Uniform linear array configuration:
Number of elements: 48
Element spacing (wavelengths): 1
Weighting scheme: blackman
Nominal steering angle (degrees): -60
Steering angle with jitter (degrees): -60.775
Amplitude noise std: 0.05
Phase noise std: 0.05

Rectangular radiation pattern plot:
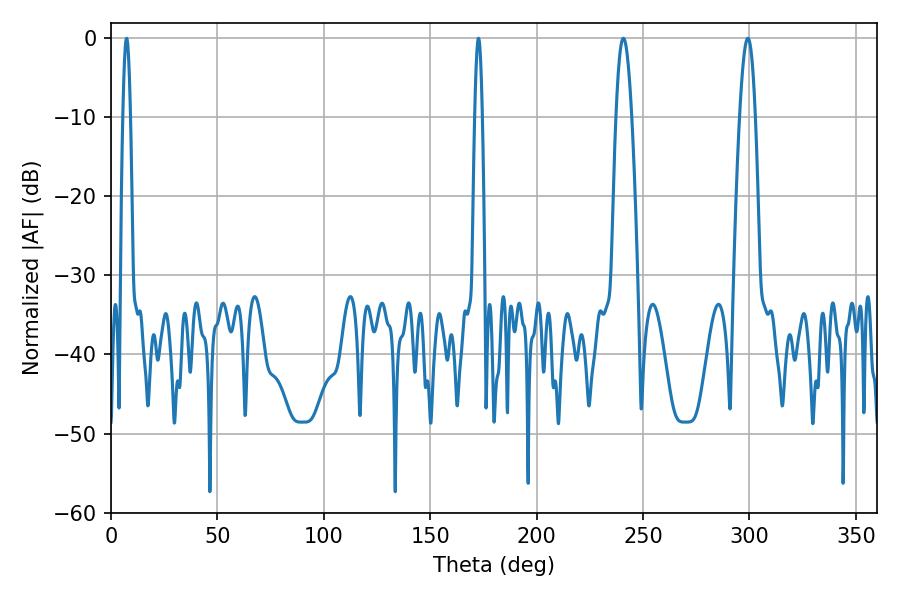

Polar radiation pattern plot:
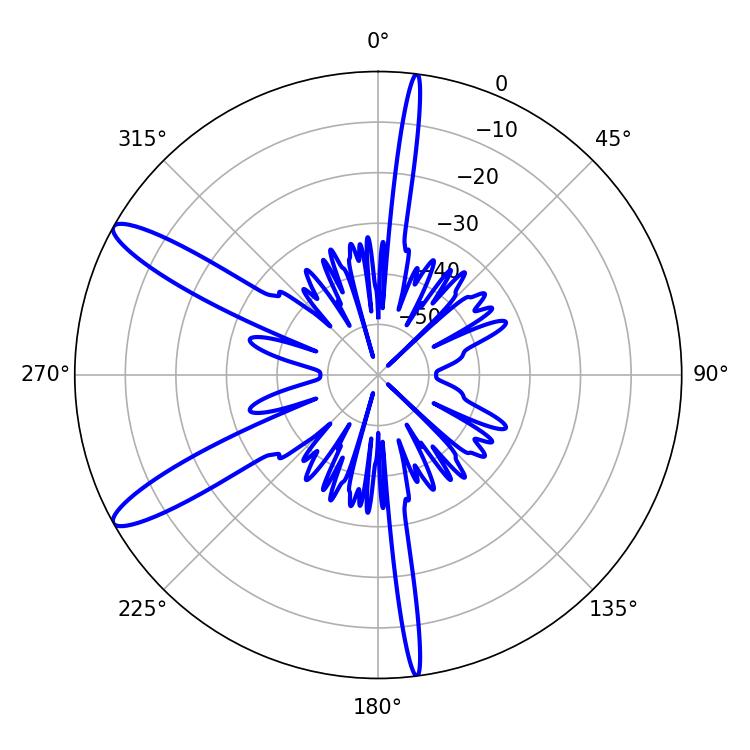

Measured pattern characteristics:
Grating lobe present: TRUE
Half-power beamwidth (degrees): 3.96
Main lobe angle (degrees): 299.16